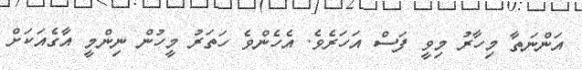
އަންނަތާ މިހާރު މިވީ ފަސް އަހަރެވެ. އެހެންވެ ހަތަރު މީހުން ނިންމީ އާގެއަކަށް